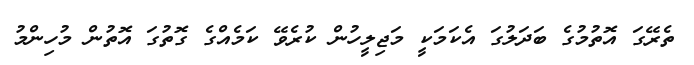
ތެރޭގަ އޮތުމުގެ ބަދަލުގަ އެކަމަކީ މަޖިލީހުން ކުރެވޭ ކަމެއްގެ ގޮތުގަ އޮތުން މުހިންމު